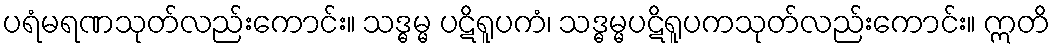
ပရံမရဏသုတ်လည်းကောင်း။ သဒ္ဓမ္မ ပဋိရူပကံ၊ သဒ္ဓမ္မပဋိရူပကသုတ်လည်းကောင်း။ ဣတိ